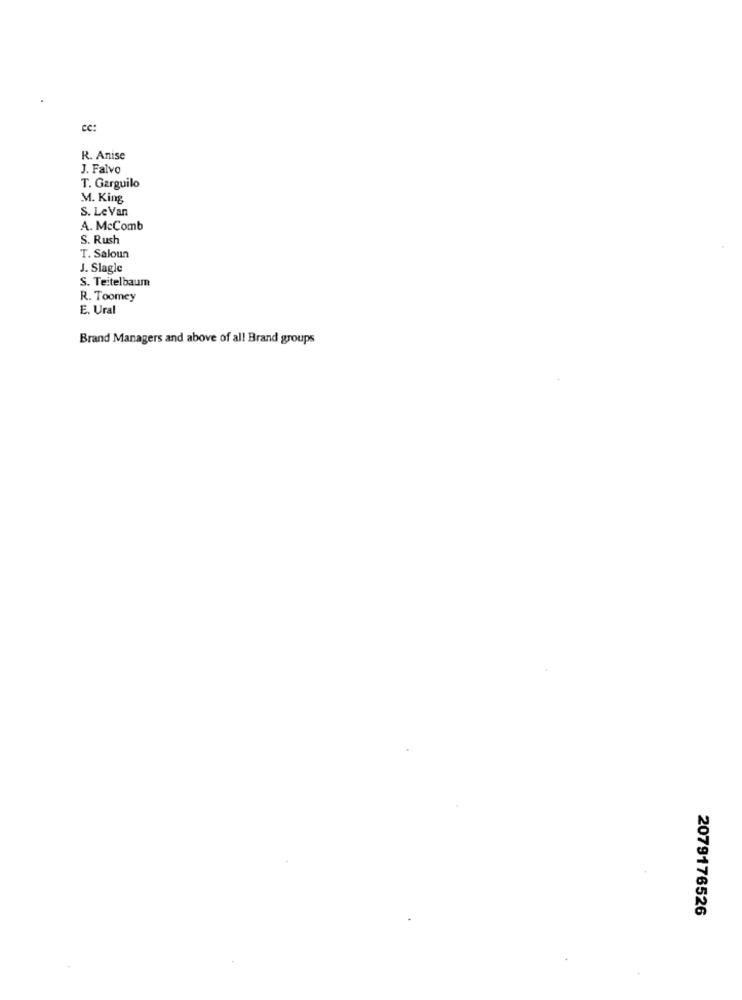
cc:
R. Anise
J. Falvo
T. Garguilo
M. King
S. Le Van
A. McComb
S. Rush
T. Saloun
J. Slagle
S. Teitelbaum
R. Toomey
E. Ural
Brand Managers and above of al! Brand groups
2079176526